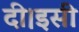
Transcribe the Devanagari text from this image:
दी।इसी